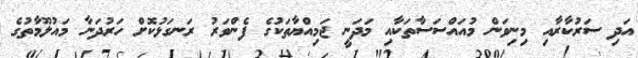
އަދި ސަރުކާރާއި މިނިވަން މުއައްސަސާތަކާއި މަދަނީ ޖަމިއްޔާތަކުގެ ފެންވަރު ރަނގަޅުކޮށް ހަރުދަނާ މައުލޫމާތުގެ